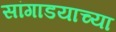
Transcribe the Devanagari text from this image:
सांगाडयाच्या